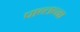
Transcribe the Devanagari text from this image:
पाव्लव्ना